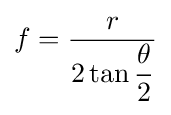
f={\dfrac {r}{2\tan {\dfrac {\theta }{2}}}}